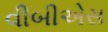
વીબીએસ